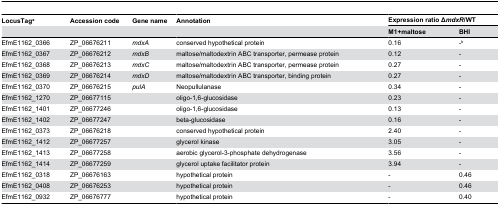
| LocusTaga | Accession code | Gene name | Annotation | <COLSPAN=2> Expression ratio ΔmdxR/WT |
 |  |  |  |  | M1+maltose | BHI |
 | --- | --- | --- | --- | --- | --- |
 | EfmE1162_0366 | ZP_06676211 | mdxA | conserved hypothetical protein | 0.16 | -b |
 | EfmE1162_0367 | ZP_06676212 | mdxB | maltose/maltodextrin ABC transporter, permease protein | 0.12 | - |
 | EfmE1162_0368 | ZP_06676213 | mdxC | maltose/maltodextrin ABC transporter, permease protein | 0.27 | - |
 | EfmE1162_0369 | ZP_06676214 | mdxD | maltose/maltodextrin ABC transporter, binding protein | 0.27 | - |
 | EfmE1162_0370 | ZP_06676215 | pulA | Neopullulanase | 0.34 | - |
 | EfmE1162_1270 | ZP_06677115 |  | oligo-1,6-glucosidase | 0.23 | - |
 | EfmE1162_1401 | ZP_06677246 |  | oligo-1,6-glucosidase | 0.13 | - |
 | EfmE1162_1402 | ZP_06677247 |  | beta-glucosidase | 0.16 | - |
 | EfmE1162_0373 | ZP_06676218 |  | conserved hypothetical protein | 2.40 | - |
 | EfmE1162_1412 | ZP_06677257 |  | glycerol kinase | 3.05 | - |
 | EfmE1162_1413 | ZP_06677258 |  | aerobic glycerol-3-phosphate dehydrogenase | 3.56 | - |
 | EfmE1162_1414 | ZP_06677259 |  | glycerol uptake facilitator protein | 3.94 | - |
 | EfmE1162_0318 | ZP_06676163 |  | hypothetical protein | - | 0.46 |
 | EfmE1162_0408 | ZP_06676253 |  | hypothetical protein | - | 0.46 |
 | EfmE1162_0932 | ZP_06676777 |  | hypothetical protein | - | 0.40 |